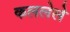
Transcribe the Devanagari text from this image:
कललेले